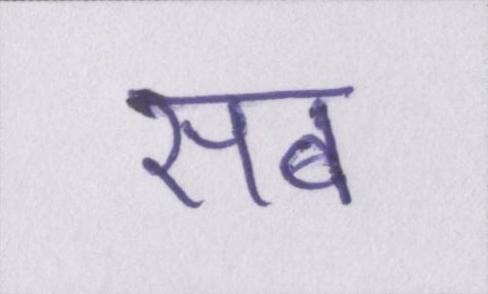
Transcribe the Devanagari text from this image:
सब